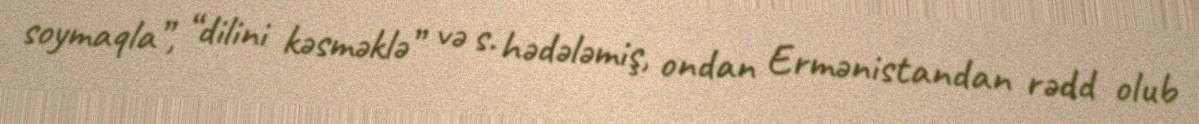
soymaqla”, “dilini kəsməklə” və s. hədələmiş, ondan Ermənistandan rədd olub